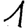
Digit: 1